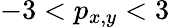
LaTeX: -3<p_{x,y}<3